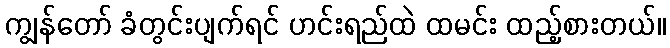
ကျွန်တော် ခံတွင်းပျက်ရင် ဟင်းရည်ထဲ ထမင်း ထည့်စားတယ်။